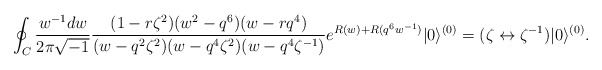
\begin{align*}\oint_{C} \frac{w^{-1}dw}{2\pi\sqrt{-1}} \frac{(1-r\zeta^2)(w^2-q^6)(w-rq^4)} {(w-q^2\zeta^2)(w-q^4\zeta^2)(w-q^4\zeta^{-1})} e^{R(w)+R(q^6 w^{-1})} |0\rangle^{(0)} = (\zeta \leftrightarrow \zeta^{-1}) |0\rangle^{(0)}.\end{align*}